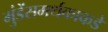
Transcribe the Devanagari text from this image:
मुंडेंसमर्थकाकडे